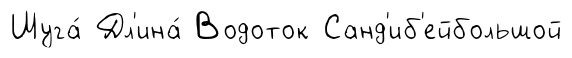
Шуга́ Дл'ина́ Водоток Санд'иб'ейбольшой